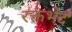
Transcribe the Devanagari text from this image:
रक्तभेद